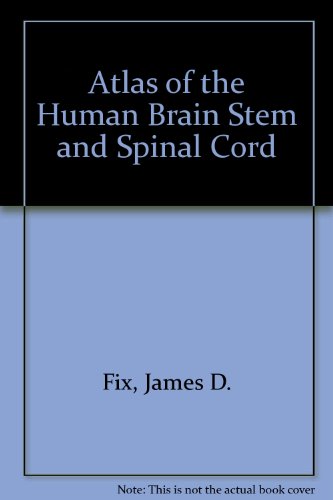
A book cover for Atlas of the human brain stem and spinal cord; James D Fix; Health, Fitness & Dieting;